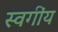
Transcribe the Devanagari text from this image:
स्वगींय